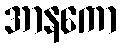
အာနကော